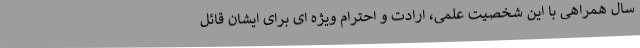
سال همراهی با این شخصیت علمی، ارادت و احترام ویژه ای برای ایشان قائل